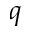
q